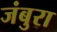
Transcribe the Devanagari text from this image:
जंबुरा